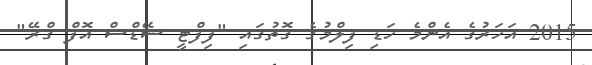
2015 އަހަރުގެ އެންމެ ހަޑި ފިލްމުގެ ގޮތުގައި "ފިފްޓީ ޝޭޑްސް އޮފް ގްރޭ"